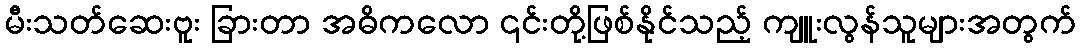
မီးသတ်ဆေးဗူး ခြားတာ အဓိကလော ၎င်းတို့ဖြစ်နိုင်သည့် ကျူးလွန်သူများအတွက်